Report on sanitation, dispensaries, and jails in Rajputana for 1918, and on vaccination for the year 1918-1919 - 1918-1919
Year: 1918
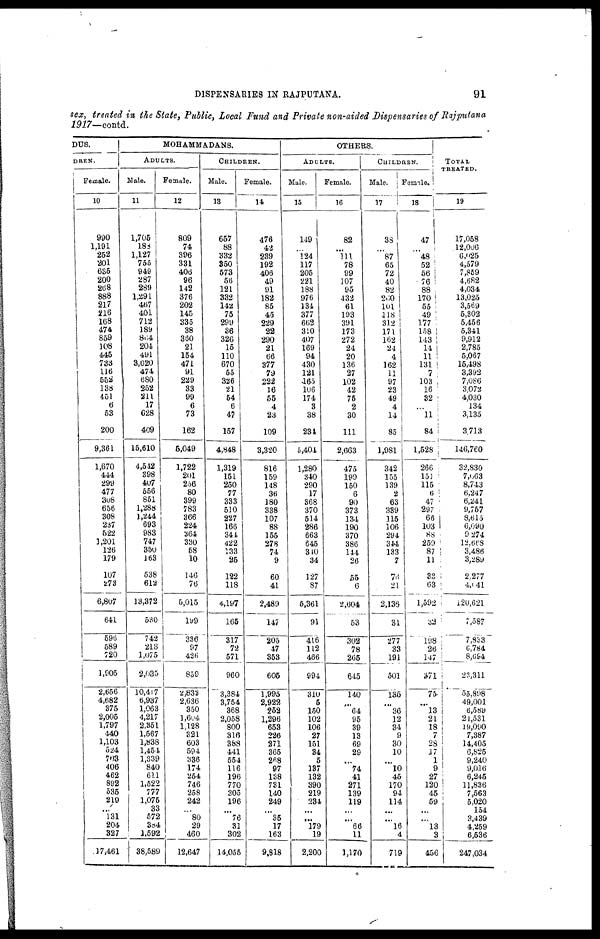
DISPENSARIES IN RAJPUTANA.
91
sex, treated in the State, Public, Local Fund and Private non-aided Dispensaries of Rajputana
1917—contd.
DUS.
DREN.
Female.
10
990
1,191
252
201
635
200
268
888
217
216
168
474
859
108
445
733
116
552
138
451
6
53
200
9,361
1,670
444
299
477
308
656
308
237
522
1,201
126
179
107
273
6,807
641
596
589
720
1,905
2,656
4,682
375
2,005
1,797
440
1,103
524
703
406
462
892
535
219
...
131
204
327
17,461
MOHAMMADANS.
ADULTS.
Male.
11
1,705
188
1,127
755
949
287
289
1,291
467
401
712
189
864
204
491
3,020
474
680
252
211
17
628
409
15,610
4,542
398
407
556
851
1,288
1,244
693
983
747
350
163
538
612
13,372
530
742
218
1,075
2,035
10,417
6,937
1,063
4,217
2,351
1,567
1,838
1,454
1,339
840
611
1,522
777
1,075
33
572
384
1,592
38,589
Female.
12
809
74
396
331
406
96
142
376
202
145
335
38
360
21
154
471
91
229
33
99
6
73
162
5,049
1,722
201
256
80
399
783
366
224
364
330
58
10
146
76
5,015
199
336
97
426
859
2,832
2,636
350
1,604
1,128
321
603
594
336
174
254
746
258
242
...
80
29
460
12,647
CHILDREN.
Male.
13
657
88
332
350
573
56
121
332
142
75
299
36
326
15
110
670
55
326
21
54
6
47
157
4,848
1,319
151
250
77
333
510
227
166
344
422
133
25
122
118
4,197
165
317
72
571
960
3,384
3,754
368
2,058
800
316
388
441
554
116
196
770
305
196
...
76
31
302
14,055
Female.
11
476
42
239
192
406
49
91
182
85
45
229
22
290
21
66
377
79
222
16
55
4
23
109
3,320
816
159
148
36
180
338
107
88
155
278
74
9
60
41
2,489
147
205
47
353
605
1,995
2,922
252
1,296
653
226
271
365
268
97
138
731
140
249
...
35
17
163
9,818
OTHERS.
ADULTS.
Male.
15
119
...
124
117
205
221
188
976
134
377
662
310
407
169
94
430
121
165
106
174
3
38
231
5,404
1,280
340
290
17
368
370
514
286
663
645
310
34
127
87
5,361
91
416
112
466
994
310
5
150
102
106
27
151
34
5
137
132
390
219
234
...
...
179
19
2,200
Female.
16
82
...
111
78
99
107
95
432
61
193
391
173
272
24
20
136
27
102
42
75
2
30
111
2,663
475
199
150
6
90
373
134
190
370
386
144
26
55
6
2,604
53
302
78
265
645
140
...
64
95
39
13
69
29
...
74
41
271
139
119
...
...
66
11
1,170
CHILDREN.
Male.
17
38
...
87
65
72
40
82
260
101
118
312
171
162
24
4
162
11
97
23
49
4
14
85
1,981
342
155
139
2
63
339
115
106
294
344
133
7
76
21
2,136
31
277
33
191
501
135
...
36
12
34
9
30
10
...
10
45
170
94
114
...
...
16
4
719
Female.
18
47
...
48
52
56
76
88
170
55
49
177
158
143
14
11
131
7
103
16
32
...
11
84
1,528
266
151
115
6
47
297
66
103
88
259
87
11
33
63
1,592
32
198
26
147
371
75
...
13
21
18
7
28
17
1
9
27
120
45
59
...
...
13
3
456
TOTAL
TREATED.
19
17,058
12,006
6,025
4,579
7,859
4,682
4,034
13,025
3,569
5,302
5,456
5,341
9,912
2,785
5,067
15,498
3,392
7,086
3,072
4,030
134
3,135
3,713
146,760
32,830
7,063
8,743
6,247
6,241
9,757
8,615
6,090
9,274
12,668
3,486
3,289
2,277
4,041
120,621
7,587
7,833
6,784
8,664
23,311
55,898
49,001
6,589
21,531
19,090
7,387
14,405
6,825
9,240
9,016
6,245
11,836
7,563
5,020
154
3,439
4,259
6,536
247,034